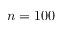
n = 1 0 0